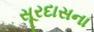
સૂરદાસના